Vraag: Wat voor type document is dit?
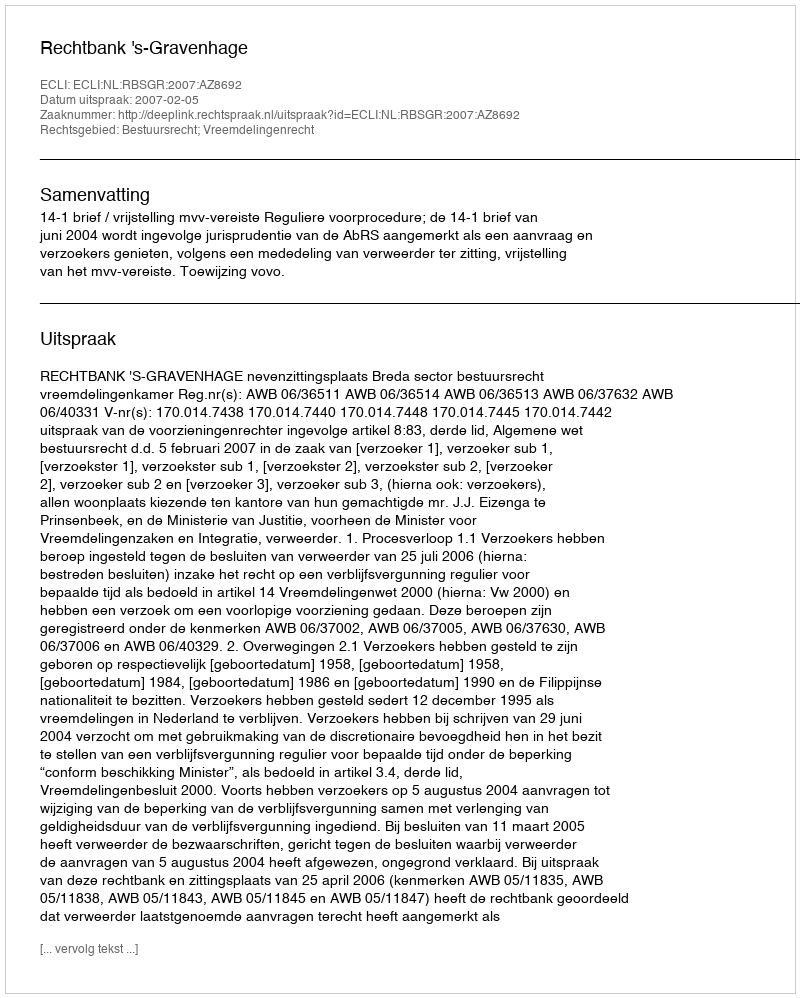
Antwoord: Uitspraak